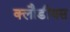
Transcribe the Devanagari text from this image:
क्लौडीयस